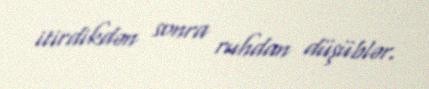
itirdikdən sonra ruhdan düşüblər.